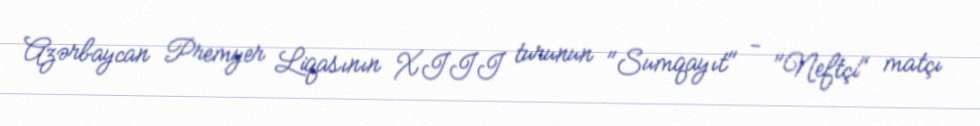
Azərbaycan Premyer Liqasının XIII turunun "Sumqayıt" - "Neftçi" matçı